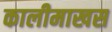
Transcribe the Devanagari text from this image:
कालीमाखस